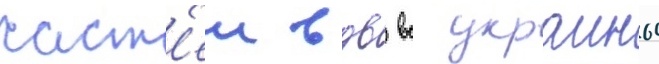
част'еи вдв вс украины